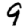
Digit: 9